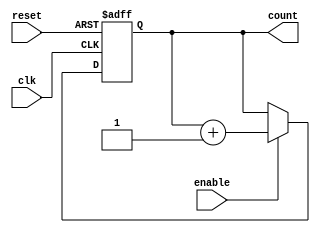
module async_counter (
    input wire clk,        // Clock input
    input wire reset,      // Asynchronous reset
    input wire enable,     // Enable signal for counting
    output reg [N-1:0] count // Output count value (N flip-flops)
);
    parameter N = 3; // Number of flip-flops, can be adjusted for different max counts

    // Asynchronous reset and counting logic
    always @(posedge clk or posedge reset) begin
        if (reset) begin
            count <= 0; // Reset count to 0
        end else if (enable) begin
            // Count logic: Increment the count
            count <= count + 1;
        end
    end

endmodule